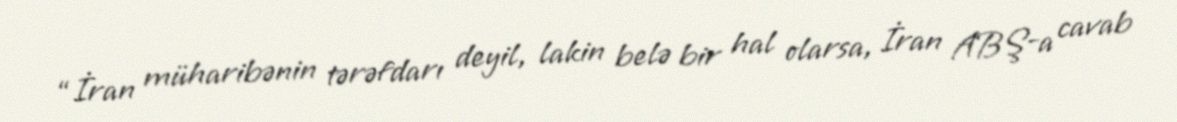
“İran müharibənin tərəfdarı deyil, lakin belə bir hal olarsa, İran ABŞ-a cavab